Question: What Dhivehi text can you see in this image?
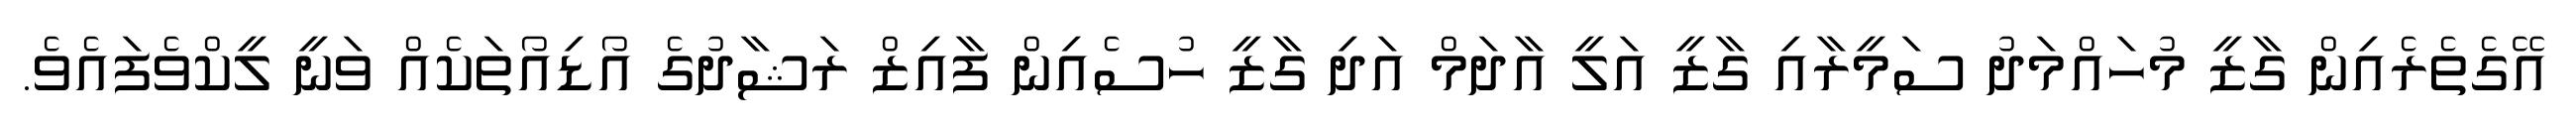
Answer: އޭގެތެރެއިން ގާޒީ މުހައްމަދު ސަމީރާއި ގާޒީ އަލީ އާދަމް އަދި ގާޒީ ހުސެއިން ފާއިޒް ރަޝާދުގެ އޯޑިއޯތަކެއް ވަނީ ލީކްވެފައެވެ.